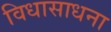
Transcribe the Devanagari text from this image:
विधासाधना